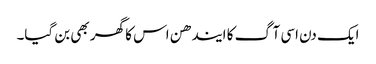
ایک دن اسی آگ کا ایندھن اس کا گھر بھی بن گیا۔